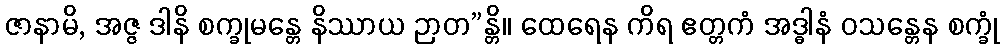
ဇာနာမိ, အဇ္ဇ ဒါနိ စက္ခုမန္တေ နိဿာယ ဉာတ”န္တိ။ ထေရေန ကိရ ဧတ္တကံ အဒ္ဓါနံ ဝသန္တေန စက္ခုံ